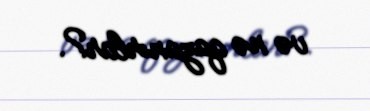
və nə qazanırlar?.